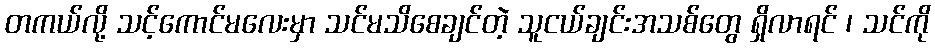
တကယ်လို့ သင့်ကောင်မလေးမှာ သင်မသိစေချင်တဲ့ သူငယ်ချင်းအသစ်တွေ ရှိလာရင် ၊ သင်ကို